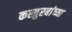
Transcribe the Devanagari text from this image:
कस्तुरबांच्या